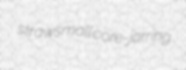
strawsmall core-jarring